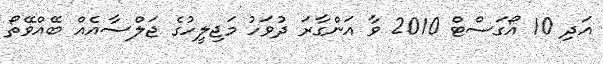
އަދި 10 އޯގަސްޓް 2010 ވާ އަންގާރަ ދުވަހު މަޖިލީހުގެ ޖަލްސާއެއް ބޭއްވޭތޯ